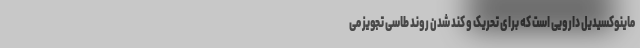
ماینوکسیدیل دارویی است که برای تحریک و کند شدن روند طاسی تجویز می